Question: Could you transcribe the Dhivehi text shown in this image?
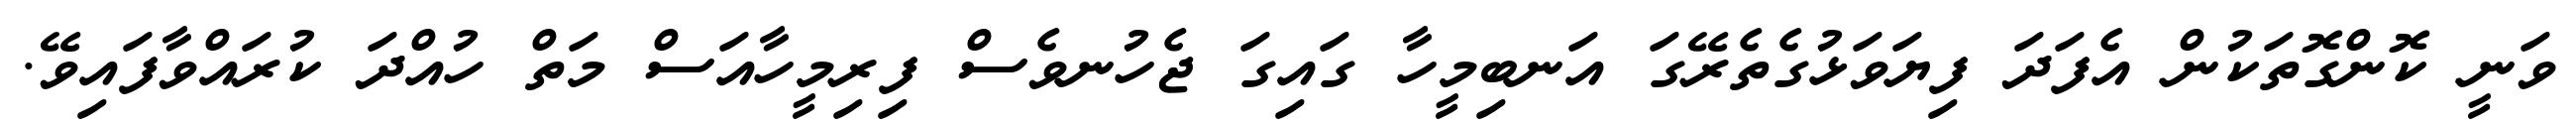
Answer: ވަނީ ކޮންގޮތަކުން އެފަދަ ފިޔަވަޅުގެތެރޭގަ އަނބިމީހާ ގައިގަ ޖެހުނވެސް ފިރިމީހާއަސް މަތް ހުއްދަ ކުރައްވާފައިވޭ.